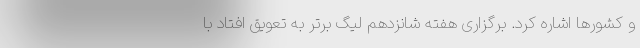
و کشورها اشاره کرد. برگزاری هفته شانزدهم لیگ برتر به تعویق افتاد با